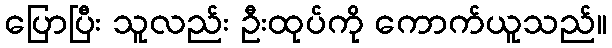
ပြောပြီး သူလည်း ဦးထုပ်ကို ကောက်ယူသည်။